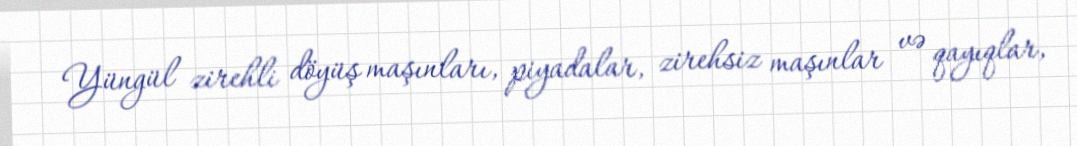
Yüngül zirehli döyüş maşınları, piyadalar, zirehsiz maşınlar və qayıqlar,